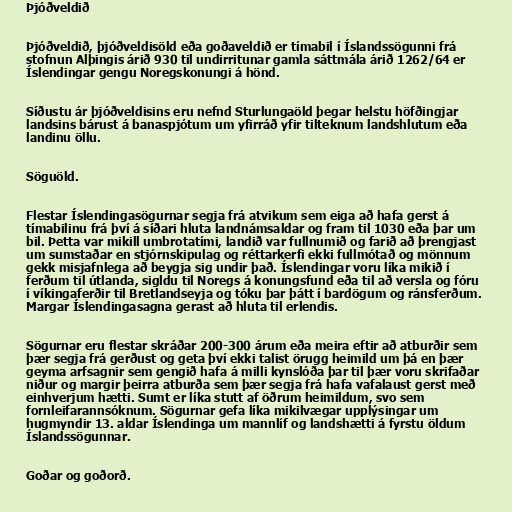
Þjóðveldið

Þjóðveldið, þjóðveldisöld eða goðaveldið er tímabil í Íslandssögunni frá
stofnun Alþingis árið 930 til undirritunar gamla sáttmála árið 1262/64 er
Íslendingar gengu Noregskonungi á hönd.

Síðustu ár þjóðveldisins eru nefnd Sturlungaöld þegar helstu höfðingjar
landsins bárust á banaspjótum um yfirráð yfir tilteknum landshlutum eða
landinu öllu.

Söguöld.

Flestar Íslendingasögurnar segja frá atvikum sem eiga að hafa gerst á
tímabilinu frá því á síðari hluta landnámsaldar og fram til 1030 eða þar um
bil. Þetta var mikill umbrotatími, landið var fullnumið og farið að þrengjast
um sumstaðar en stjórnskipulag og réttarkerfi ekki fullmótað og mönnum
gekk misjafnlega að beygja sig undir það. Íslendingar voru líka mikið í
ferðum til útlanda, sigldu til Noregs á konungsfund eða til að versla og fóru
í víkingaferðir til Bretlandseyja og tóku þar þátt í bardögum og ránsferðum.
Margar Íslendingasagna gerast að hluta til erlendis.

Sögurnar eru flestar skráðar 200-300 árum eða meira eftir að atburðir sem
þær segja frá gerðust og geta því ekki talist örugg heimild um þá en þær
geyma arfsagnir sem gengið hafa á milli kynslóða þar til þær voru skrifaðar
niður og margir þeirra atburða sem þær segja frá hafa vafalaust gerst með
einhverjum hætti. Sumt er líka stutt af öðrum heimildum, svo sem
fornleifarannsóknum. Sögurnar gefa líka mikilvægar upplýsingar um
hugmyndir 13. aldar Íslendinga um mannlíf og landshætti á fyrstu öldum
Íslandssögunnar.

Goðar og goðorð.